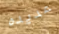
عديده